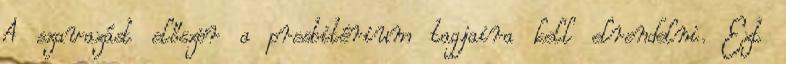
A szavazást először a presbitérium tagjaira kell elrendelni. Ezt